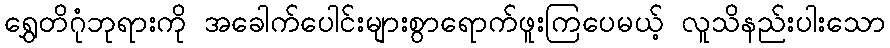
ရွှေတိဂုံဘုရားကို အခေါက်ပေါင်းများစွာရောက်ဖူးကြပေမယ့် လူသိနည်းပါးသော